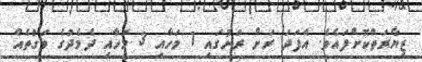
ޒިޔާރަތްކޮށްފައެވެ. އެފަދަ ރަށް ރަށުގައި 1 މަހާއި 3 މަހާއި ދެމެދުގެ ވަގުތެއް